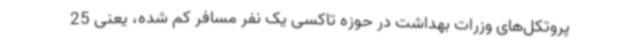
پروتکل‌های وزرات بهداشت در حوزه تاکسی یک نفر مسافر کم شده، یعنی 25